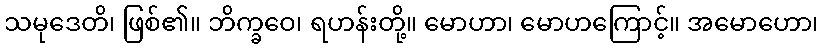
သမုဒေတိ၊ ဖြစ်၏။ ဘိက္ခဝေ၊ ရဟန်းတို့။ မောဟာ၊ မောဟကြောင့်။ အမောဟော၊